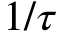
1 / \tau